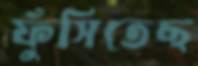
ফুঁসিতেছ